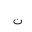
Letter: _non